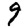
Digit: 9